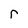
Character: r